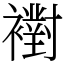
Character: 襨